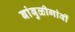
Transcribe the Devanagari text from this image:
बांबुळीगांवीं